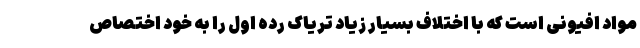
مواد افیونی است که با اختلاف بسیار زیاد تریاک رده اول را به خود اختصاص